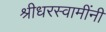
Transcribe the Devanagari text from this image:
श्रीधरस्वामींनी